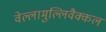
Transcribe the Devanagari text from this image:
वेल्लामुल्लिवैक्कल